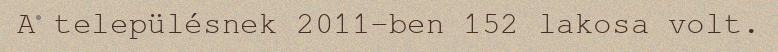
A településnek 2011-ben 152 lakosa volt.